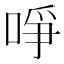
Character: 𠲜